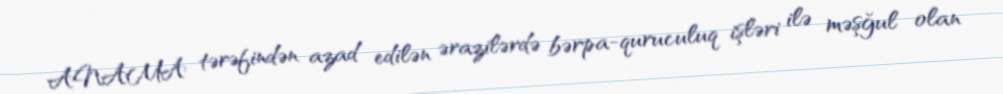
ANAMA tərəfindən azad edilən ərazilərdə bərpa-quruculuq işləri ilə məşğul olan